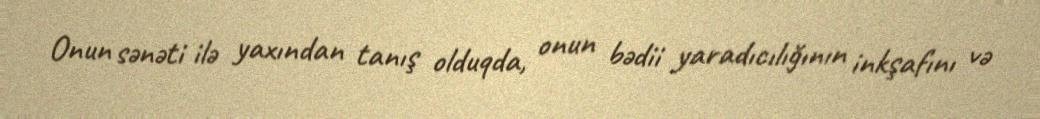
Onun sənəti ilə yaxından tanış olduqda, onun bədii yaradıcılığının inkşafını və